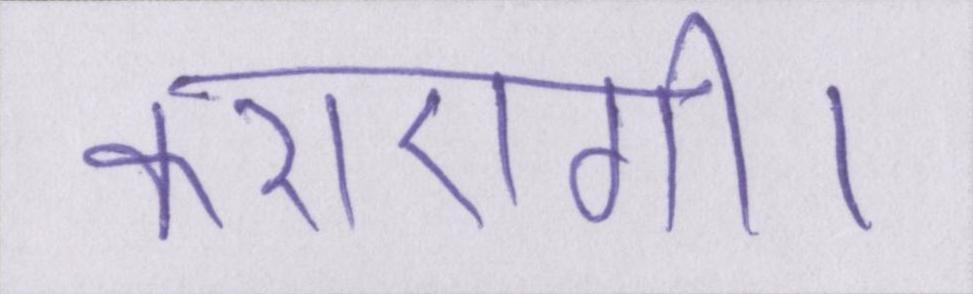
कराएगी।